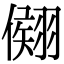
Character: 𦑤